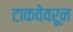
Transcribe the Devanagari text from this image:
टाकवेवरून